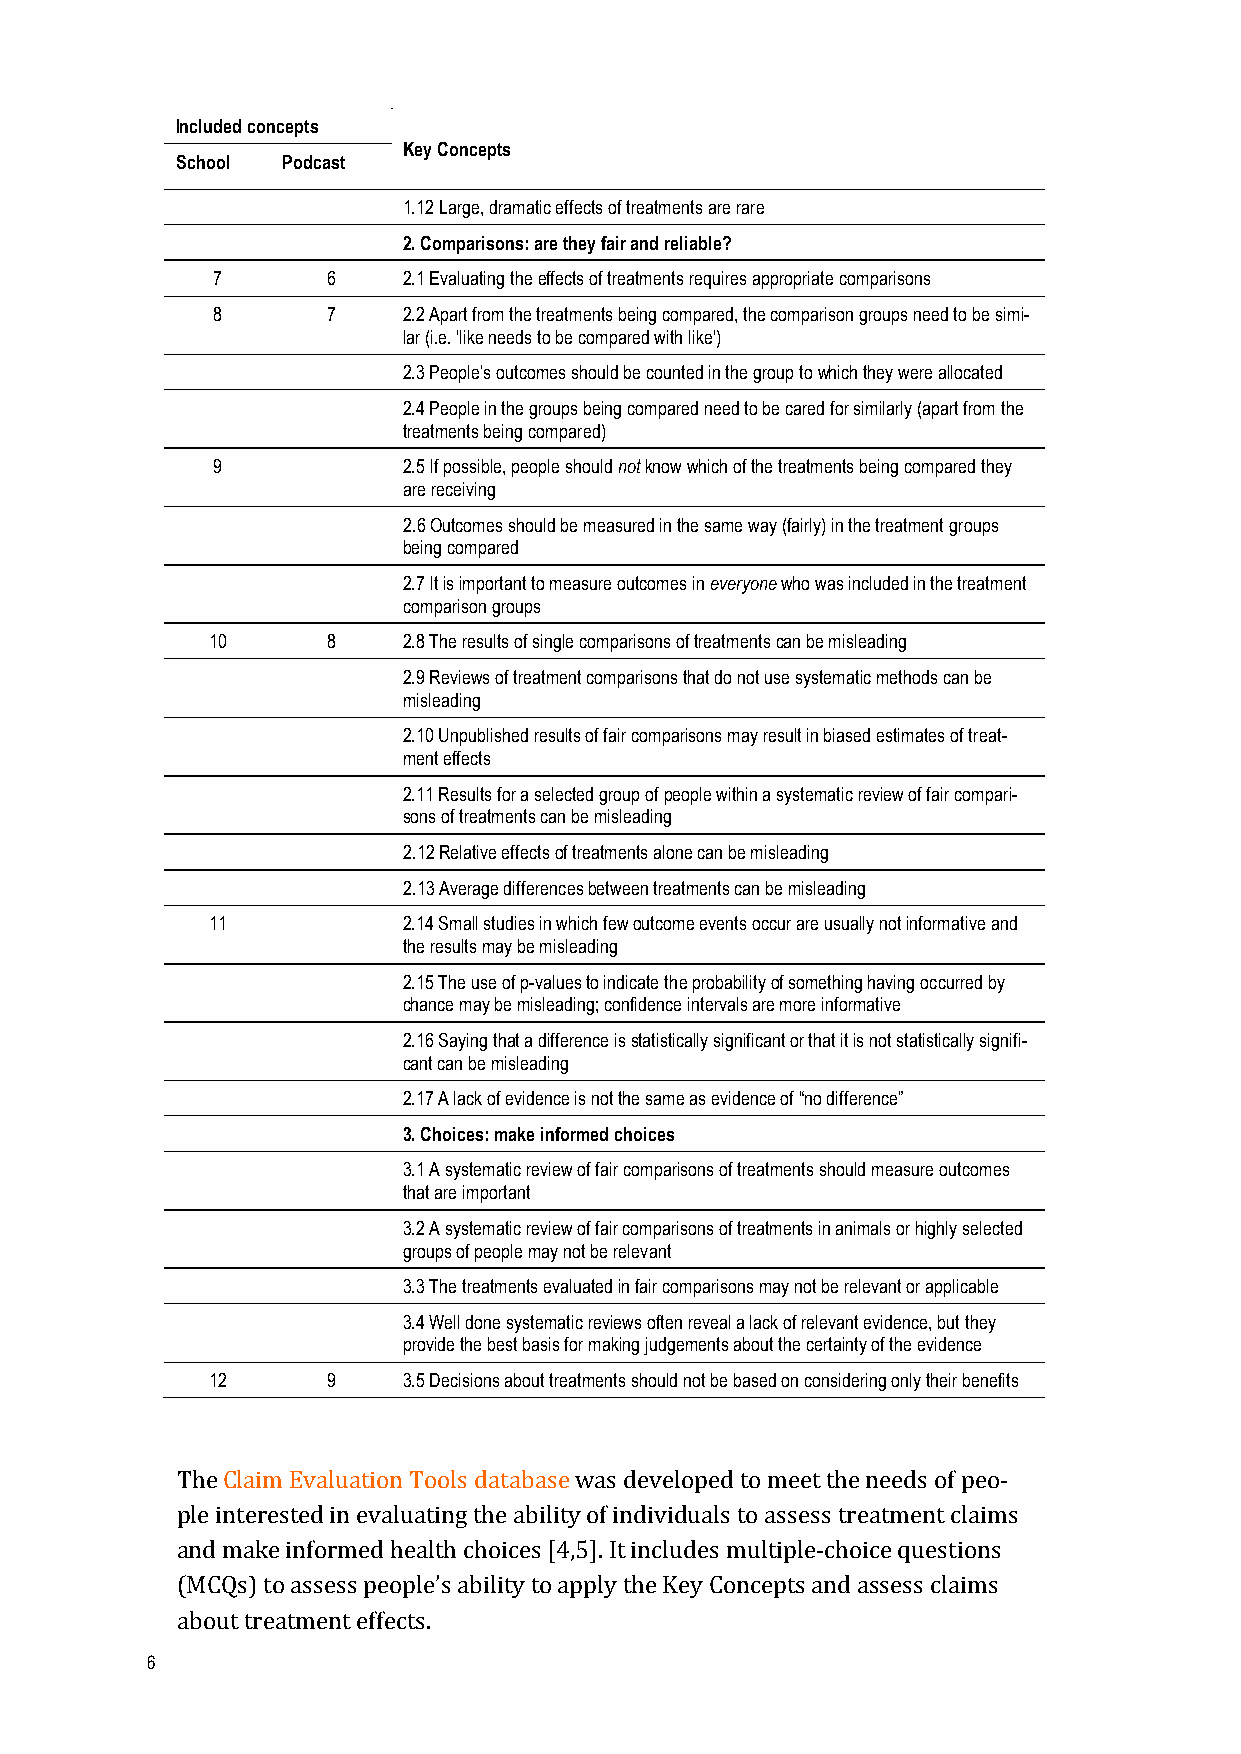
Included concepts
 Key Concepts
 School Podcast
 1.12 Large, dramatic effects of treatments are rare
 2. Comparisons: are they fair and reliable?
 7       6    2.1 Evaluating the effects of treatments requires appropriate comparisons
 8       7    2.2 Apart from the treatments being compared, the comparison groups need to be simi-
 lar (i.e. 'like needs to be compared with like')
 2.3 People’s outcomes should be counted in the group to which they were allocated
 2.4 People in the groups being compared need to be cared for similarly (apart from the
 treatments being compared)
 9            2.5 If possible, people should not know which of the treatments being compared they
 are receiving
 2.6 Outcomes should be measured in the same way (fairly) in the treatment groups
 being compared
 2.7 It is important to measure outcomes in everyone who was included in the treatment
 comparison groups
 10      8    2.8 The results of single comparisons of treatments can be misleading
 2.9 Reviews of treatment comparisons that do not use systematic methods can be
 misleading
 2.10 Unpublished results of fair comparisons may result in biased estimates of treat-
 ment effects
 2.11 Results for a selected group of people within a systematic review of fair compari-
 sons of treatments can be misleading
 2.12 Relative effects of treatments alone can be misleading
 2.13 Average differences between treatments can be misleading
 11           2.14 Small studies in which few outcome events occur are usually not informative and
 the results may be misleading
 2.15 The use of p-values to indicate the probability of something having occurred by
 chance may be misleading; confidence intervals are more informative
 2.16 Saying that a difference is statistically significant or that it is not statistically signifi-
 cant can be misleading
 2.17 A lack of evidence is not the same as evidence of “no difference”
 3. Choices: make informed choices
 3.1 A systematic review of fair comparisons of treatments should measure outcomes
 that are important
 3.2 A systematic review of fair comparisons of treatments in animals or highly selected
 groups of people may not be relevant
 3.3 The treatments evaluated in fair comparisons may not be relevant or applicable
 3.4 Well done systematic reviews often reveal a lack of relevant evidence, but they
 provide the best basis for making judgements about the certainty of the evidence
 12      9    3.5 Decisions about treatments should not be based on considering only their benefits
 The Claim Evaluation Tools database was developed to meet the needs of peo-­‐
 ple interested in evaluating the ability of individuals to assess treatment claims
 and make informed health choices [4,5]. It includes multiple-­‐choice questions
 (MCQs) to assess people’s ability to apply the Key Concepts and assess claims
 about treatment effects.
 6